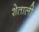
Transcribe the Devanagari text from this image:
शेताली